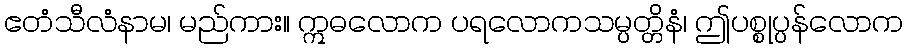
ဧတံသီလံနာမ၊ မည်ကား။ ဣဓလောက ပရလောကသမ္ပတ္တိနံ၊ ဤပစ္စုပ္ပန်လောက